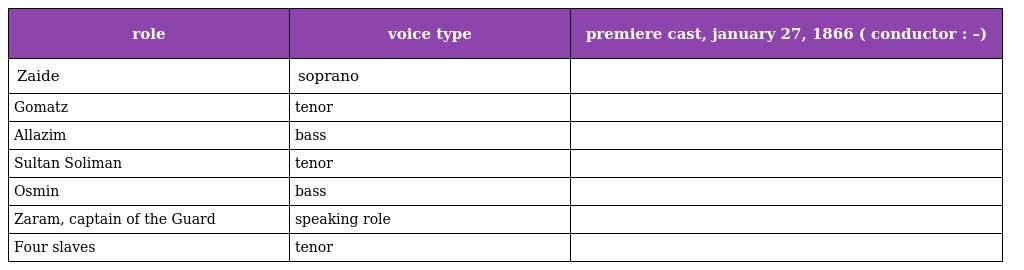
| role | voice type | premiere cast, january 27, 1866 ( conductor : –) |
 | --- | --- | --- |
 | Zaide | soprano |  |
 | Gomatz | tenor |  |
 | Allazim | bass |  |
 | Sultan Soliman | tenor |  |
 | Osmin | bass |  |
 | Zaram, captain of the Guard | speaking role |  |
 | Four slaves | tenor |  |